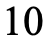
10